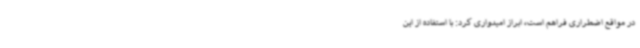
در مواقع اضطراری فراهم است، ابراز امیدواری کرد: با استفاده از این